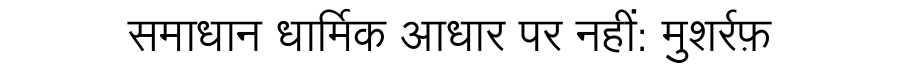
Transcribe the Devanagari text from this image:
समाधान धार्मिक आधार पर नहीं: मुशर्रफ़